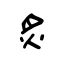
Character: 炙